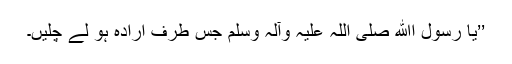
’’یا رسول اﷲ صلی اللہ علیہ وآلہ وسلم جس طرف ارادہ ہو لے چلیں۔